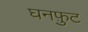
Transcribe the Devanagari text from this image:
घनफ़ुट